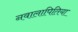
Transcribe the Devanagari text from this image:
नवालापितिया